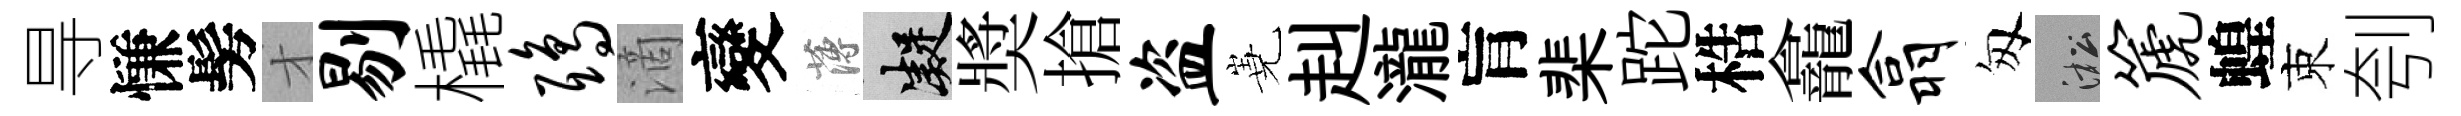
㝵慊髣才剔橇鸱滴變薄凝奬搶盗嶤赳瀧肓棐跎梏龕翕匆淞篪蝗束刳